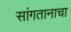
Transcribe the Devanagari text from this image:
सांगतानाचा